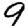
Digit: 9